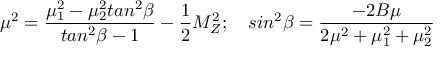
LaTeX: \mu ^ { 2 } = \frac { \mu _ { 1 } ^ { 2 } - \mu _ { 2 } ^ { 2 } t a n ^ { 2 } \beta } { t a n ^ { 2 } \beta - 1 } - \frac { 1 } { 2 } M _ { Z } ^ { 2 } ; ~ ~ ~ s i n ^ { 2 } \beta = \frac { - 2 B \mu } { 2 \mu ^ { 2 } + \mu _ { 1 } ^ { 2 } + \mu _ { 2 } ^ { 2 } }